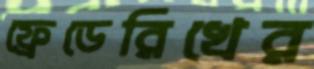
ফ্রেডেরিখের